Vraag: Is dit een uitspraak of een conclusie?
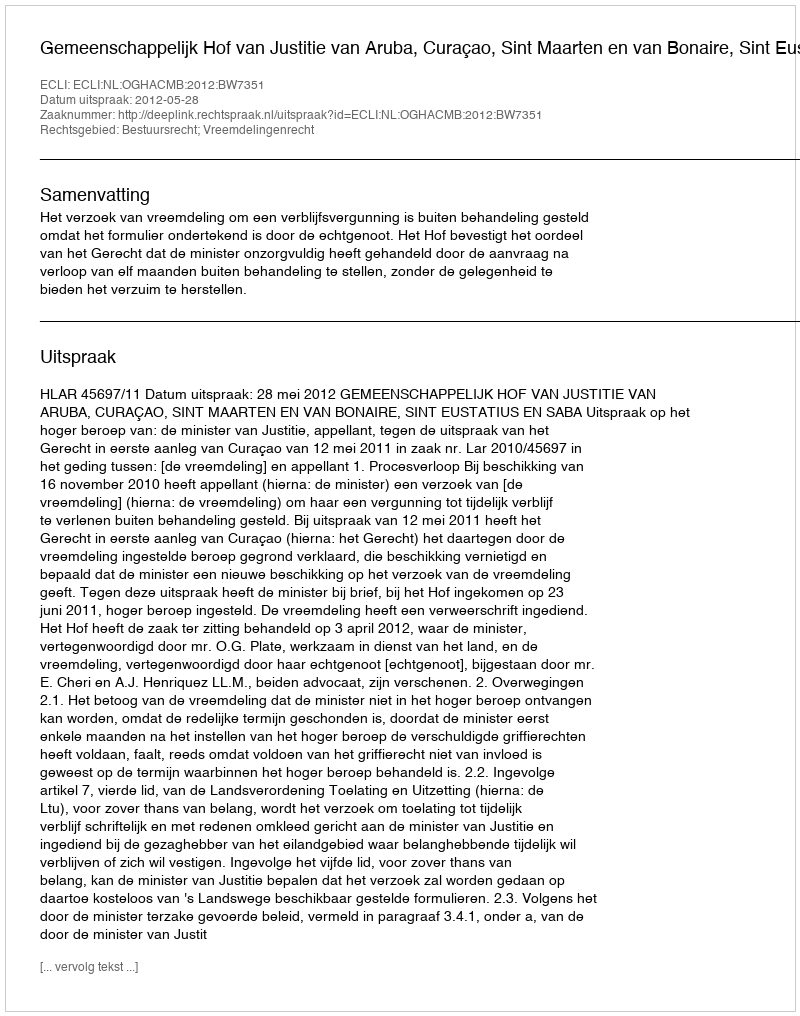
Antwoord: Uitspraak